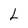
Character: L